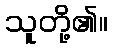
သူတို့၏။